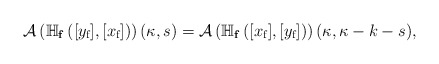
\begin{align*}\mathcal A\left(\mathbb{H}_{\mathbf{f}}\left([y_{\textup{f}}],[x_{\textup{f}}]\right)\right)(\kappa,s)=\mathcal A\left(\mathbb{H}_{\mathbf{f}}\left([x_{\textup{f}}],[y_{\textup{f}}]\right)\right)(\kappa,\kappa-k-s),\end{align*}